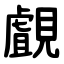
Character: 覰